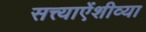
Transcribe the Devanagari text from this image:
सत्त्याऐंशीव्या